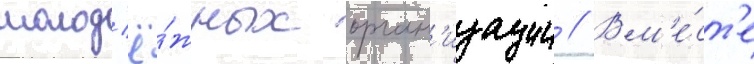
молод'ё́жных орган'изации // Вм'е́ст'е